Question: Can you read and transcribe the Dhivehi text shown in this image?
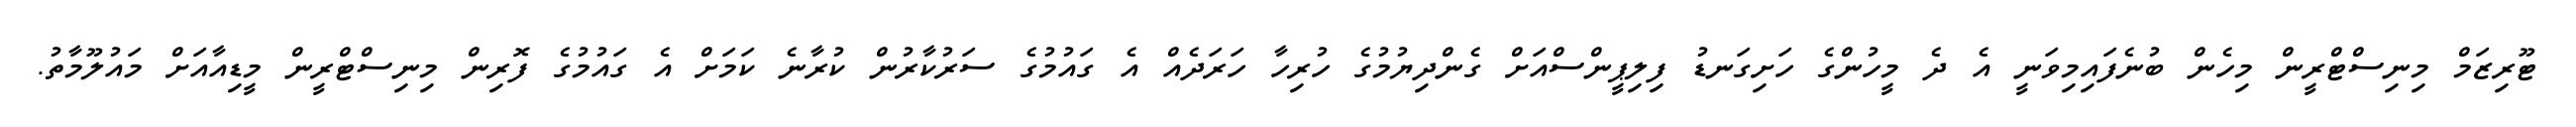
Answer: ޓޫރިޒަމް މިނިސްޓްރީން މިހެން ބުނެފައިމިވަނީ އެ ދެ މީހުންގެ ހަށިގަނޑު ފިލިޕީންސްއަށް ގެންދިޔުމުގެ ހުރިހާ ހަރަދެއް އެ ގައުމުގެ ސަރުކާރުން ކުރާނެ ކަމަށް އެ ގައުމުގެ ފޮރިން މިނިސްޓްރީން މީޑިއާއަށް މައުލޫމާތު.